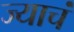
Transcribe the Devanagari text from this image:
ज्याचं